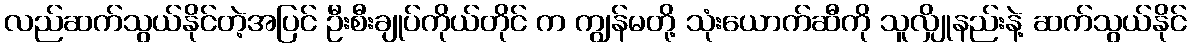
လည်ဆက်သွယ်နိုင်တဲ့အပြင် ဦးစီးချုပ်ကိုယ်တိုင် က ကျွန်မတို့ သုံးယောက်ဆီကို သူလျှိုနည်းနဲ့ ဆက်သွယ်နိုင်